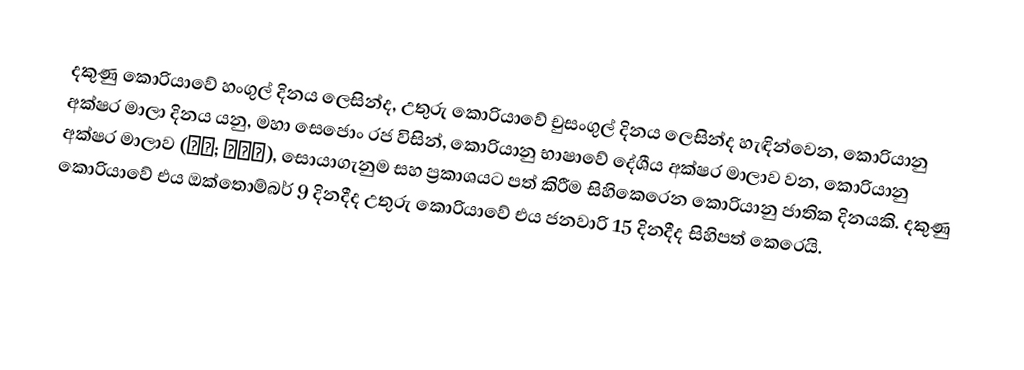
දකුණු කොරියාවේ හංගුල් දිනය ලෙසින්ද,  උතුරු කොරියාවේ  චුසංගුල් දිනය ලෙසින්ද හැඳින්වෙන, කොරියානු අක්ෂර මාලා දිනය යනු, මහා සෙජොං රජ විසින්,  කොරියානු භාෂාවේ දේශීය  අක්ෂර මාලාව වන, කොරියානු අක්ෂර මාලාව (한글; 조선글), සොයාගැනුම සහ ප්‍රකාශයට පත් කිරීම සිහිකෙරෙන කොරියානු ජාතික දිනයකි. දකුණු කොරියාවේ එය ඔක්තොම්බර් 9 දිනදීද උතුරු කොරියාවේ එය ජනවාරි 15 දිනදීද සිහිපත් කෙරෙයි.